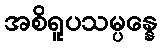
အစိရူပသမ္ပန္နေ